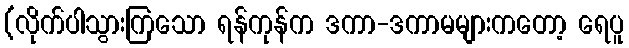
(လိုက်ပါသွားကြသော ရန်ကုန်က ဒကာ-ဒကာမများကတော့ ရေပူ